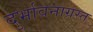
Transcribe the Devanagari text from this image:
दुर्भावनाग्रस्त